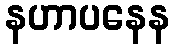
နဟာပနေန